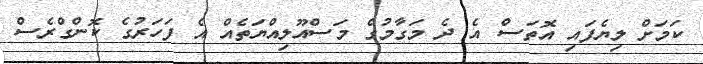
ކަމަށް ލިޔެފައި އޮތަސް އެ ދެ މަގާމުގެ މަސްއޫލިއްޔަތެއް އެ ފަހަރުގެ ކޮންގްރެސް